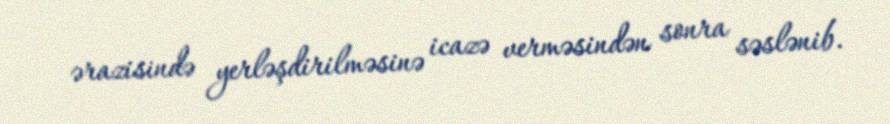
ərazisində yerləşdirilməsinə icazə verməsindən sonra səslənib.